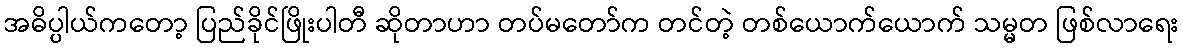
အဓိပ္ပါယ်ကတော့ ပြည်ခိုင်ဖြိုးပါတီ ဆိုတာဟာ တပ်မတော်က တင်တဲ့ တစ်ယောက်ယောက် သမ္မတ ဖြစ်လာရေး